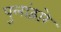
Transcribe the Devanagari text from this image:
पुलांद्वारे